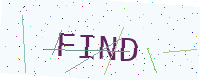
Text: FIND